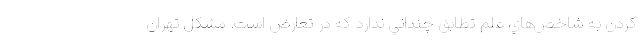
كردن به شاخص‌هاي علم تطابق چنداني ندارد كه در تعارض است. مشکل تهران